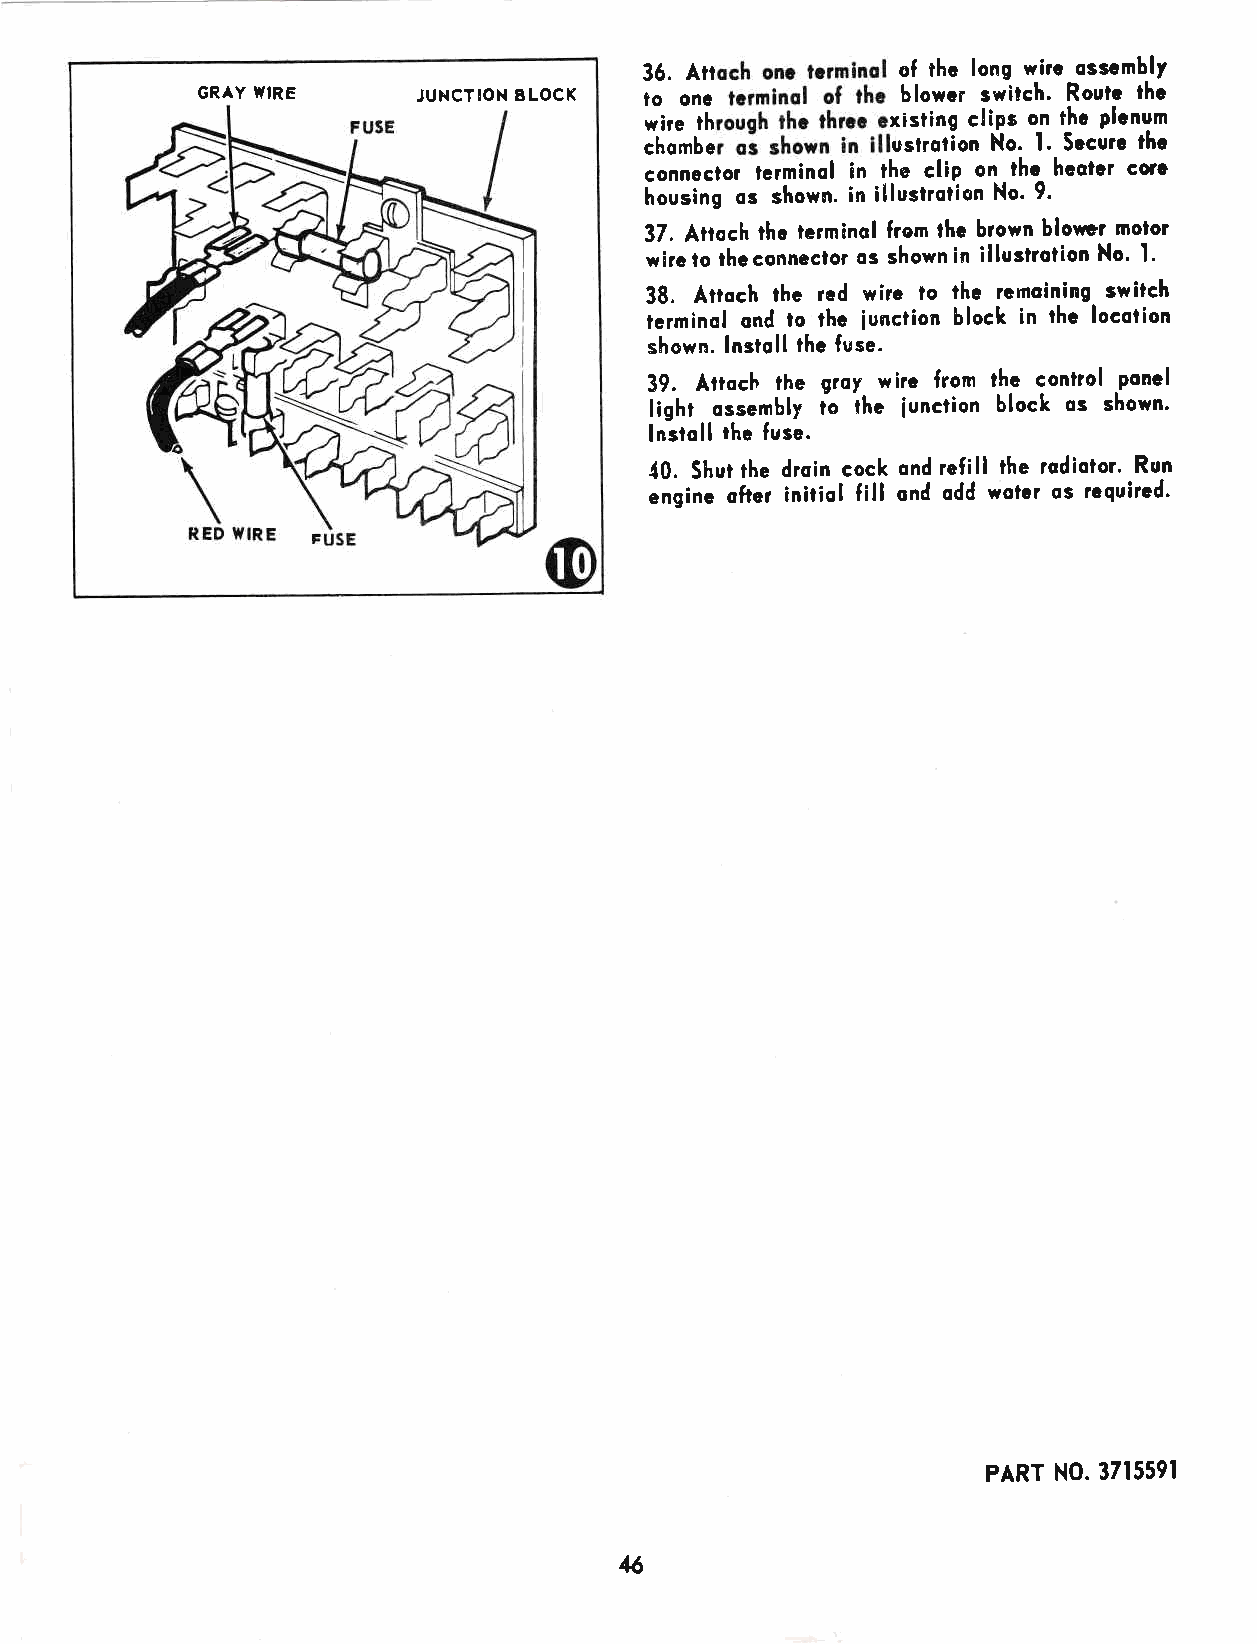
36. Ar           of tho long wirc osscmblY
 GRAY WIRE      JUNCTION BLOCX to on.           blowcr switch. Routc thc
 wire th         xisting cliPs on thc Plcnum
 ihombe          trslrotion No. l. Sccurc thc
 conneclor fcrmlnol in the clip on thc hcotcr corc
 housing os shown. in illustrotion No' 9'
 37. Attoch thc terminol from ,hc brown blorrcr molor
 l'
 wirc lo thcconncclor os shown in illusirotion No'
 38" Attoch rhc rcd wirc lo thc rcmoining switch
 terminol ond lo thc iunction bloclc in the locotion
 shown. lnstoll thc fuse.
 39. Aroch the groy wirc from tha control
 .ponel
 tight ossembly to ihc iunction block os shown'
 lnstoll the fuse.
 40. Shut the drsin cock ond refill the rodiotor. Run
 engine ofter initiol fill ond odd woter os rcquircd'
 PART N0. 3715591
 15